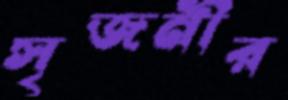
সৃজনীর